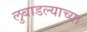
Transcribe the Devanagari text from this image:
लुबाडल्याच्या